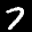
Label: 7